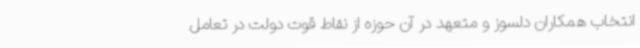
انتخاب همکاران دلسوز و متعهد در آن حوزه از نقاط قوت دولت در تعامل